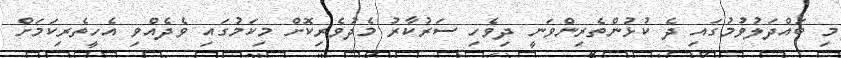
މި ބައްދަލުވުމުގައި ދެ ކުޅުންތެރިންވަނީ ދިވެހި ސަރުކާރު މެދުވެރިކޮށް މިކަމުގައި ވެދެއްވި އެހީތެރިކަމަށް